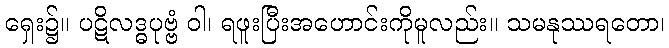
ရှေး၌။ ပဋိလဒ္ဓပုဗ္ဗံ ဝါ၊ ရဖူးပြီးအဟောင်းကိုမူလည်း။ သမနုဿရတော၊